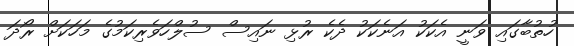
ހުތުބާގައި ވަނީ އެކަކު އަނެކަކު ދެކެ ރުޅި ނައިސް ސުލްހަވެރިކަމުގެ މަހަކަށް ރޯދަ